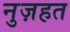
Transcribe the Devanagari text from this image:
नुज़हत